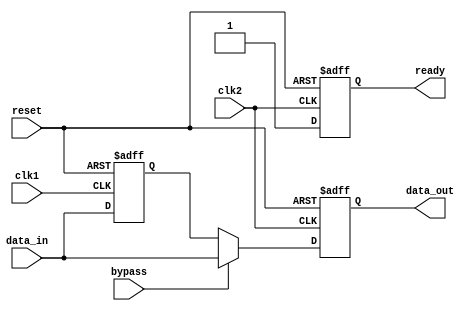
module TimingControlSyncBypassReg (
    input wire clk1,      // Clock signal for domain 1
    input wire clk2,      // Clock signal for domain 2
    input wire reset,     // Reset signal
    input wire bypass,    // Bypass signal
    input wire data_in,   // Input data signal
    output reg data_out,  // Output data signal
    output reg ready      // Ready signal for domain 2
);

reg synchronized_data;

always @(posedge clk1 or posedge reset) begin
    if (reset) begin
        synchronized_data <= 1'b0;
    end else begin
        synchronized_data <= data_in;
    end
end

always @(posedge clk2 or posedge reset) begin
    if (reset) begin
        data_out <= 1'b0;
        ready <= 1'b0;
    end else begin
        if (bypass) begin
            data_out <= data_in;
            ready <= 1'b1;
        end else begin
            data_out <= synchronized_data;
            ready <= 1'b1;
        end
    end
end

endmodule